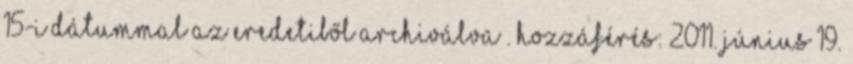
15-i dátummal az eredetiből archiválva . Hozzáférés: 2011. június 19.